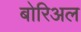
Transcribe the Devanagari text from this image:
बोरिअल